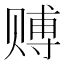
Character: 赙